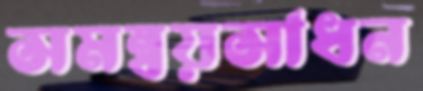
সমন্বয়সাধন